Report on the working of the mental hospitals for Indians in Bihar and Orissa - 1925-1929
Year: 1925
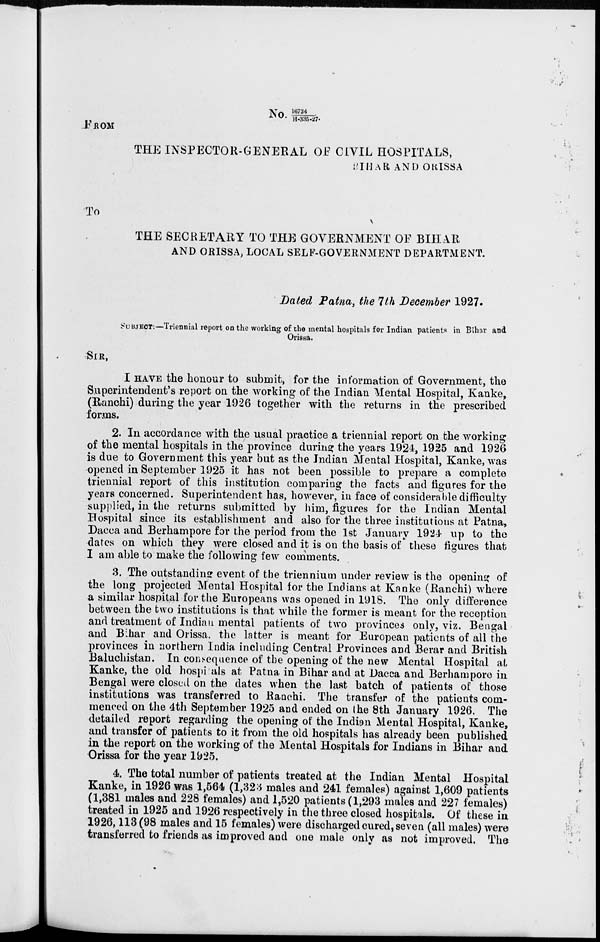
No.16724/H-335-27.
FROM
THE INSPECTOR-GENERAL OF CIVIL HOSPITALS,
BIHAR AND ORISSA
To
THE SECRETARY TO THE GOVERNMENT OF BIHAR
AND ORISSA, LOCAL SELF-GOVERNMENT DEPARTMENT.
Dated Patna, the 7th December 1927.
SUBJECT:—Triennial report on the working of the mental hospitals for Indian patients in Bihar and
Orissa.
SIR,
I HAVE the honour to submit, for the information of Government, the
Superintendent's report on the working of the Indian Mental Hospital, Kanke,
(Ranchi) during the year 1926 together with the returns in the prescribed
forms.
2. In accordance with the usual practice a triennial report on the working
of the mental hospitals in the province during the years 1924, 1925 and 1926
is due to Government this year but as the Indian Mental Hospital, Kanke, was
opened in September 1925 it has not been possible to prepare a complete
triennial report of this institution comparing the facts and figures for the
years concerned. Superintendent has, however, in face of considerable difficulty
supplied, in the returns submitted by him, figures for the Indian Mental
Hospital since its establishment and also for the three institutions at Patna,
Dacca and Berhampore for the period from the 1st January 1924 up to the
dates on which they were closed and it is on the basis of these figures that
I am able to make the following few comments.
3. The outstanding event of the triennium under review is the opening of
the long projected Mental Hospital for the Indians at Kanke (Ranchi) where
a similar hospital for the Europeans was opened in 1918. The only difference
between the two institutions is that while the former is meant for the reception
and treatment of Indian mental patients of two provinces only, viz. Bengal
and Bihar and Orissa, the latter is meant for European patients of all the
provinces in northern India including Central Provinces and Berar and British
Baluchistan. In consequence of the opening of the new Mental Hospital at
Kanke, the old hospitals at Patna in Bihar and at Dacca and Berhampore in
Bengal were closed on the dates when the last batch of patients of those
institutions was transferred to Ranchi. The transfer of the patients com-
menced on the 4th September 1925 and ended on the 8th January 1926. The
detailed report regarding the opening of the Indian Mental Hospital, Kanke,
and transfer of patients to it from the old hospitals has already been published
in the report on the working of the Mental Hospitals for Indians in Bihar and
Orissa for the year 1925.
4. The total number of patients treated at the Indian Mental Hospital
Kanke, in 1926 was 1,564 (1,323 males and 241 females) against 1,609 patients
(1,381 males and 228 females) and 1,520 patients (1,293 males and 227 females)
treated in 1925 and 1926 respectively in the three closed hospitals. Of these in
1926, 113 (98 males and 15 females) were discharged cured, seven (all males) were
transferred to friends as improved and one male only as not improved. The